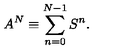
A ^ { N } \equiv \sum _ { n = 0 } ^ { N - 1 } S ^ { n } .